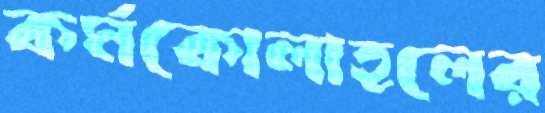
কর্মকোলাহলের